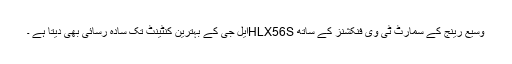
وسیع رینج کے سمارٹ ٹی وی فنکشنز کے ساتھ HLX56Sایل جی کے بہترین کنٹینٹ تک سادہ رسائی بھی دیتا ہے ۔